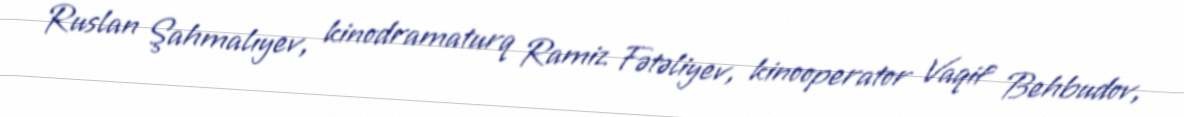
Ruslan Şahmalıyev, kinodramaturq Ramiz Fətəliyev, kinooperator Vaqif Behbudov,